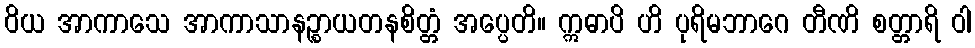
ဝိယ အာကာသေ အာကာသာနဉ္စာယတနစိတ္တံ အပ္ပေတိ။ ဣဓာပိ ဟိ ပုရိမဘာဂေ တီဏိ စတ္တာရိ ဝါ